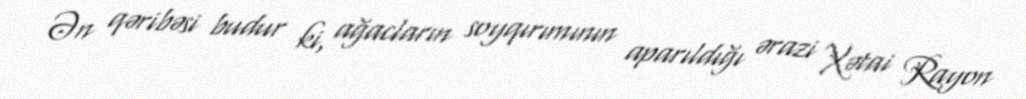
Ən qəribəsi budur ki, ağacların soyqırımının aparıldığı ərazi Xətai Rayon